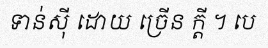
ទាន់ស៊ី ដោយ ច្រើន ក្តី ។ បេ